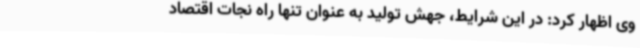
وی اظهار کرد: در این شرایط، جهش تولید به عنوان تنها راه نجات اقتصاد